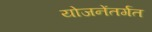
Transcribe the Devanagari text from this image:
योजनेंतर्गत